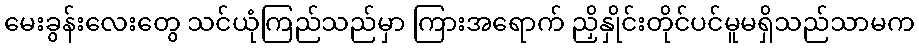
မေးခွန်းလေးတွေ သင်ယုံကြည်သည်မှာ ကြားအရောက် ညှိနှိုင်းတိုင်ပင်မူမရှိသည်သာမက